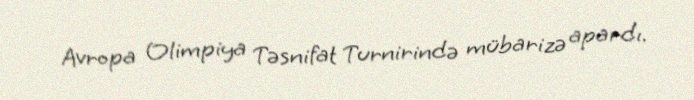
Avropa Olimpiya Təsnifat Turnirində mübarizə apardı.